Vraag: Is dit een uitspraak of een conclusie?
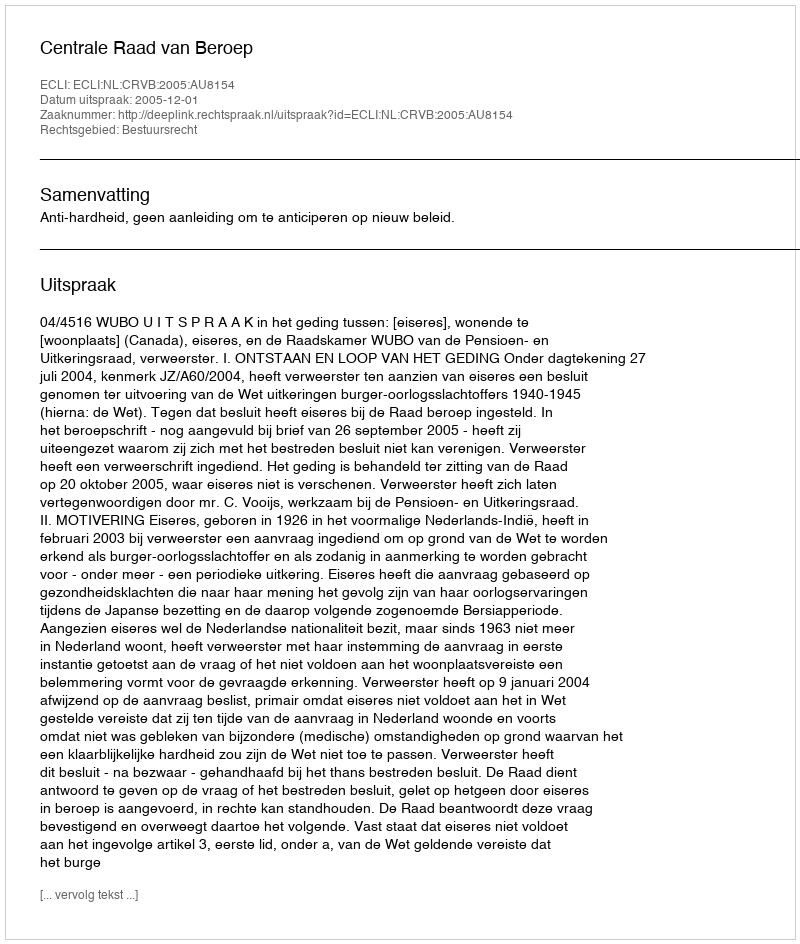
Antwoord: Uitspraak